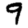
Digit: 9